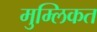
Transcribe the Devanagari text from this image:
मुम्लिकत